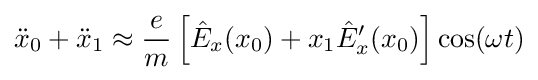
{\ddot {x}}_{0}+{\ddot {x}}_{1}\approx {\frac {e}{m}}\left[{\hat {E}}_{x}(x_{0})+x_{1}{\hat {E}}_{x}'(x_{0})\right]\cos(\omega t)